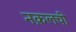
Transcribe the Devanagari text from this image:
नक़लची